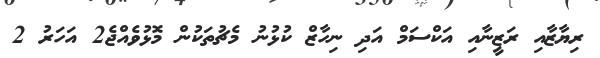
ރިޔާޒާއި ރަޒީނާއި އަކްސަމް އަދި ނިހާޒް ކުޅުނު މެޗުތަކުން މޮޅުވެއްޖެ2 އަހަރު 2